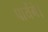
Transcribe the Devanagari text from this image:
पायेँगे।